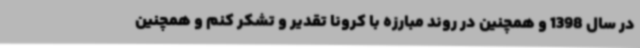
در سال 1398 و همچنین در روند مبارزه با کرونا تقدیر و تشکر کنم و همچنین